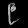
Digit: ၉